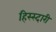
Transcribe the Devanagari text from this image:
हिस्स्दारी